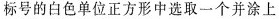
标号的白色单位正方形中选取一个并涂上